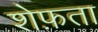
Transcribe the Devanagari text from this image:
शेफ़ता